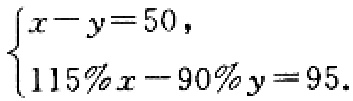
$\begin{cases}
x - y = 50,\\
115\%x - 90\%y = 95.
\end{cases}$